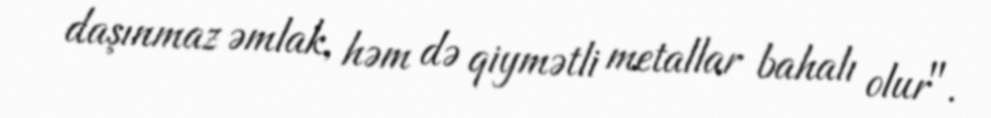
daşınmaz əmlak, həm də qiymətli metallar bahalı olur".